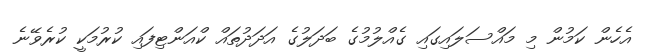
އެހެން ކަމުން މި މައްސަލައިގައި ގެއްލުމުގެ ބަދަލުގެ އަދަދުތައް ކްއަންޓިފައި ކުރުމަކީ ކުރެވޭނެ